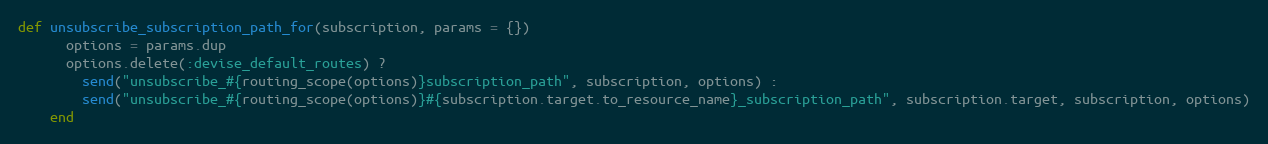
Language: Ruby
def unsubscribe_subscription_path_for(subscription, params = {})
      options = params.dup
      options.delete(:devise_default_routes) ?
        send("unsubscribe_#{routing_scope(options)}subscription_path", subscription, options) :
        send("unsubscribe_#{routing_scope(options)}#{subscription.target.to_resource_name}_subscription_path", subscription.target, subscription, options)
    end